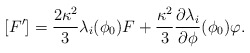
\begin{align*}[F']= \frac{2 \kappa^2}{3} \lambda_i (\phi_0) F + \frac{\kappa^2}{3} \frac{\partial \lambda_i}{\partial \phi}(\phi_0) \varphi .\end{align*}